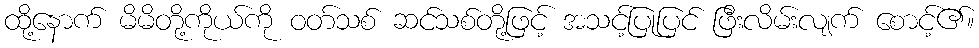
ထို့နောက် မိမိတို့ကိုယ်ကို ဝတ်သစ် ဆင်သစ်တို့ဖြင့် အသင့်ပြုပြင် ဖြီးလိမ်းလျက် စောင့်၏။